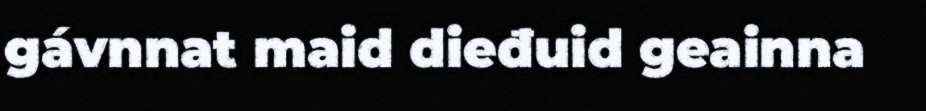
gávnnat maid dieđuid geainna